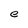
Character: e